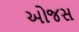
ઓજસ